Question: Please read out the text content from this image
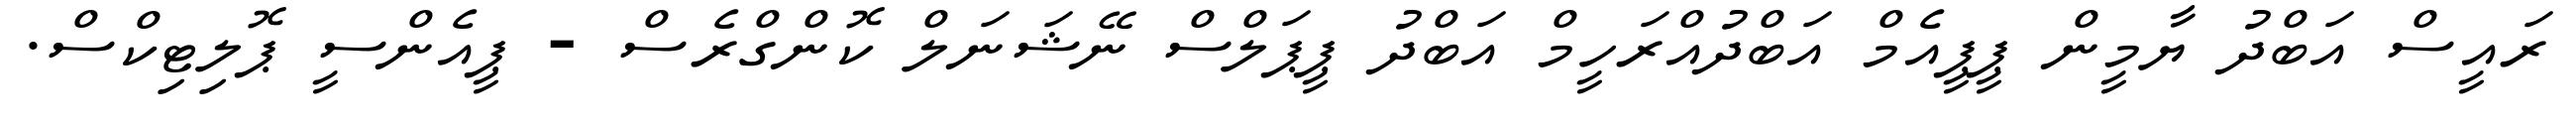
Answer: ރައީސް އަބްދު ޔާމީން ޕީޕީއެމް އަބްދުއްރަހީމް އަބްދު ޕީޕަލްސް ނޭޝަނަލް ކޮންގްރެސް - ޕީއެންސީ ޕޮލިޓިކްސް.